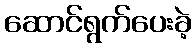
ဆောင်ရွက်ပေးခဲ့